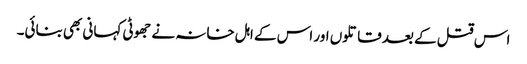
اس قتل کے بعد قاتلوں اور اس کے اہل خانہ نے جھوٹی کہانی بھی بنائی۔